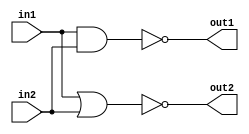
module combo(out1, out2, in1, in2);
   output out1;
   output out2;
   input  in1;
   input  in2;
   

   wire   w1, w2;

   and and1(w1, in1, in2);
   not not1(out1, w1);

   or or1(w2, in1, in2);
   not not2(out2, w2);
   
endmodule // combo